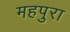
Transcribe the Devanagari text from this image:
महपुरा